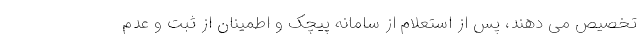
تخصیص می دهند، پس از استعلام از سامانه پیچک و اطمینان از ثبت و عدم